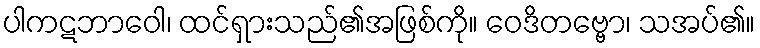
ပါကဋဘာဝေါ၊ ထင်ရှားသည်၏အဖြစ်ကို။ ဝေဒိတဗ္ဗော၊ သအပ်၏။